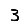
Digit: 3